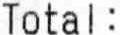
TOTAL :